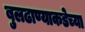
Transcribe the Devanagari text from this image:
बुलढाण्याकडेच्या